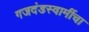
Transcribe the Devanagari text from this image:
गजदंडस्वामींचा